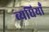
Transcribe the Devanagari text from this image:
व्यधियाँ